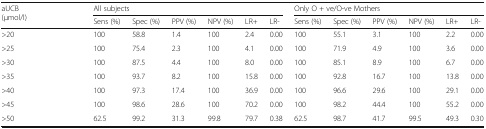
<table><thead><tr><td rowspan="2"><b>aUCB (μmol/l)</b></td><td colspan="6"><b>All subjects</b></td><td colspan="6"><b>Only O + ve/O-ve Mothers</b></td></tr><tr><td><b>Sens (%)</b></td><td><b>Spec (%)</b></td><td><b>PPV (%)</b></td><td><b>NPV (%)</b></td><td><b>LR+</b></td><td><b>LR-</b></td><td><b>Sens (%)</b></td><td><b>Spec (%)</b></td><td><b>PPV (%)</b></td><td><b>NPV (%)</b></td><td><b>LR+</b></td><td><b>LR-</b></td></tr></thead><tbody><tr><td>&gt;20</td><td>100</td><td>58.8</td><td>1.4</td><td>100</td><td>2.4</td><td>0.00</td><td>100</td><td>55.1</td><td>3.1</td><td>100</td><td>2.2</td><td>0.00</td></tr><tr><td>&gt;25</td><td>100</td><td>75.4</td><td>2.3</td><td>100</td><td>4.1</td><td>0.00</td><td>100</td><td>71.9</td><td>4.9</td><td>100</td><td>3.6</td><td>0.00</td></tr><tr><td>&gt;30</td><td>100</td><td>87.5</td><td>4.4</td><td>100</td><td>8.0</td><td>0.00</td><td>100</td><td>85.1</td><td>8.9</td><td>100</td><td>6.7</td><td>0.00</td></tr><tr><td>&gt;35</td><td>100</td><td>93.7</td><td>8.2</td><td>100</td><td>15.8</td><td>0.00</td><td>100</td><td>92.8</td><td>16.7</td><td>100</td><td>13.8</td><td>0.00</td></tr><tr><td>&gt;40</td><td>100</td><td>97.3</td><td>17.4</td><td>100</td><td>36.9</td><td>0.00</td><td>100</td><td>96.6</td><td>29.6</td><td>100</td><td>29.1</td><td>0.00</td></tr><tr><td>&gt;45</td><td>100</td><td>98.6</td><td>28.6</td><td>100</td><td>70.2</td><td>0.00</td><td>100</td><td>98.2</td><td>44.4</td><td>100</td><td>55.2</td><td>0.00</td></tr><tr><td>&gt;50</td><td>62.5</td><td>99.2</td><td>31.3</td><td>99.8</td><td>79.7</td><td>0.38</td><td>62.5</td><td>98.7</td><td>41.7</td><td>99.5</td><td>49.3</td><td>0.30</td></tr></tbody></table>